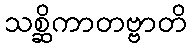
သစ္ဆိကာတဗ္ဗာတိ